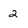
Character: 2